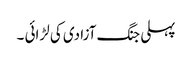
پہلی جنگ آزادی کی لڑائی ۔